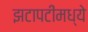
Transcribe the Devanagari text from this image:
झटापटींमध्ये